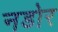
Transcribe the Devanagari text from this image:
नडोर